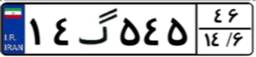
۱۴گ۵۴۵۴۶